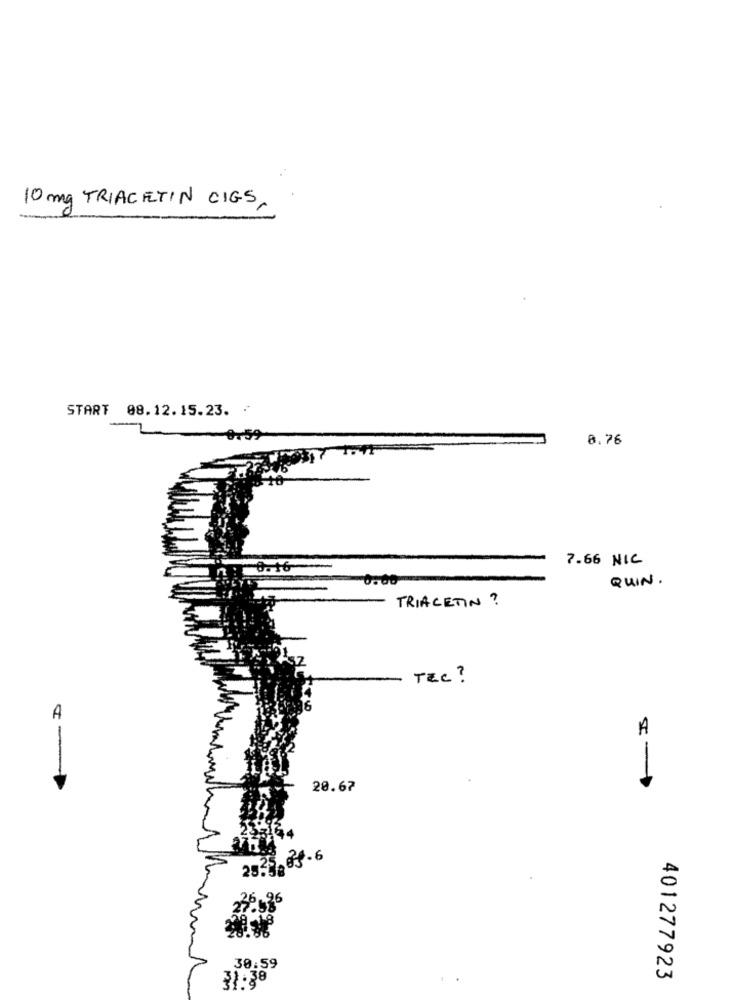
10 mg TRIACETIN CIGS
START 08.12.15.23. .
8.76
7.66 NIC
8.16
QUIN .
TRIACETIN ?
TEC ?
A
20.67
.08 .6
25.38
30:59
31.38
401277923